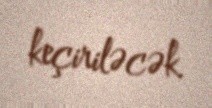
keçiriləcək.